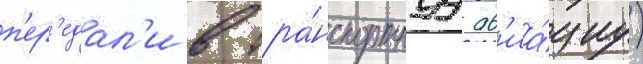
п'ер'едал'и в тра́нспортнуу ав'иа́циу)